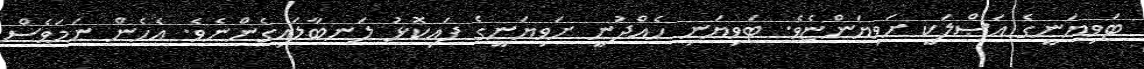
ޓަވިޔަނީގެ އަޞްލަކީ ށަވިޔަންޏެވެ. ޓަވިޔަނި ހެއްދުނީ ށަވިޔަނީގެ ފައިކޮޅު ލަނބާލައިގެންނެވެ. އެހެން ނަމަވެސް